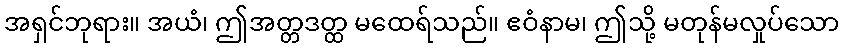
အရှင်ဘုရား။ အယံ၊ ဤအတ္တဒတ္ထ မထေရ်သည်။ ဧဝံနာမ၊ ဤသို့ မတုန်မလှုပ်သော